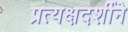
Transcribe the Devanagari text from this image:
प्रत्यक्षदर्शीने